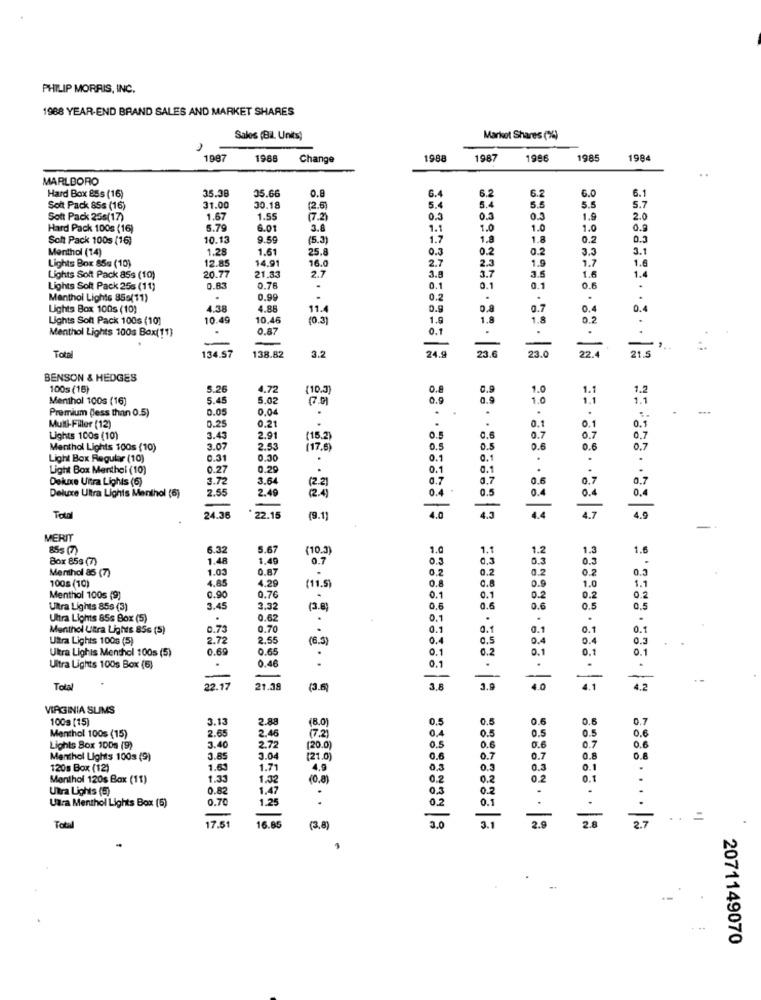
PHILIP MORRIS, INC.
1968 YEAR-END BRAND SALES AND MARKET SHARES
Sales (Bil. Units)
Markot Shares (%)
1987
1968
Change
1988
1987
1996
1985
1984
MARLBORO
35.38
0.8
6.2
6.
6.0
Hard Box 85s (16)
35.66
6.4
6.1
Soit Pack 85s (16)
31.00
30.18
(2.6)
5.
5.4
5.5
5.5
5.7
Soft Pack 25s(17)
1.67
1.55
(7.2)
0.3
0.5
1.9
2.0
Hard Pack 100s (16)
5.79
6.01
3.8
1.1
1.0
1.0
1.0
0.9
Soft Pack 100s (16)
10.13
9.59
(5.3)
1.7
1.
1.8
0.2
0.3
Menthol (14)
1.28
1.61
25.8
0.3
0.2
0.2
3.3
3.1
Lights Box 85s (10)
12.8
14.91
16.0
2.7
2.3
1.9
1.7
1.6
3.7
1.6
1.
Lights Solt Pack 85s (10)
20.77
21.33
2.7
3.9
Lights Soft Pack 256 (11)
0.83
0.76
0.1
0.1
0.1
0.6
Menthol Lights 85.(11)
0.99
0.2
.
Lights Box 100s (10)
4.38
4.88
11.4
0.9
0.8
0.7
0.4
Lights Soft Pack 100s (10)
10.49
10.46
(0.3]
1.9
1.8
1.8
0.2
Menthol Lights 100s Box(11)
0.87
0.1
134.57
23.6
23.0
22.4
21.5
Total
138.82
3.2
24.9
BENSON & HEDGES
100s (16)
5.26
4.72
(10.J
0.8
1.0
1.1
1.2
Menthol 100s (16)
5.45
5.02
0.9
1.0
1.1
1.1
Premium (less than 0.5)
0.04
---
0.25
0.21
Multi-Filler (12)
.
0.1
0.1
0.5
Lights 100s (10)
3.45
2.91
(15.2)
0.5
0.6
0.7
0.7
0.7
Menthol Lights 100s (10)
3.07
2.53
(17.6)
0.5
0.5
0.6
0.6
0,7
Light Box Regular (10)
0.31
0.30
0.1
0.1
.
.
Light Box Menthol (10)
0.27
0.29
0.1
0.1
.
Dekunie Uitra Lights (6)
3.72
3.64
(2.2)
0.7
0.7
0.7
0.7
Deluxe Ultra Lights Menthol (6)
2.55
2.49
(2.4)
0.4
0.5
0.4
0.4
0.4
4.3
24.36
22.15
(9.1)
4.0
4.5
MERIT
855 (7)
6.32
5.67
(10.3
1.
1.1
1.2
1.3
1.6
Box 85s (7)
1.48
1.49
0.7
0.3
0,3
0.3
0.3
-
Menthol 85 (7)
1.03
0.87
0.2
0.2
0.2
0.3
100s (10)
4.85
4.29
(11.5)
0.8
0.9
1.0
1.1
0.90
0.1
0.2
Menthol 100s (9)
0.76
0.1
0.2
0.2
Ultra Lights 85s (3)
3.45
3.32
3.83
0.6
0.6
0.6
0.5
0.5
Ultra Lights 85s Box (5)
0.62
0.1
.
Menthol Ultra Lights 85s (5)
0.70
0.1
0.1
0.1
0.1
Ultra Lights 100s (5)
2.72
2.55
(6.3
0.5
0.4
0.4
0.3
Ultra Lighis Menthol 100s (5)
0.69
0.65
0.1
0.2
0.1
0.1
0.1
.
0.46
0.1
.
Ultra Lights 100s Box (6)
-
Total
22.17
21.38
(3.6
3,8
3.9
4.0
4.2
VIRGINIA SLIMS
100g (15)
3.13
2.88
(8.0
0.5
0.5
0.6
0.5
0.7
2.6
2.46
0.4
0.5
0.5
0.5
0.6
Menthol 100$ (15)
(7.2)
0.6
Lights Box 100s (9)
3.40
2.72
(20.0)
0.5
0.6
0.6
0.7
Menthol Lights 100s (9)
3.89
3.04
(21.0)
0.6
0.7
0.7
0.8
0.8
120s Box (12)
1.61
1.71
4.9
0.3
0.3
0.3
0.1
Menthol 120s Box (11)
1.33
(0.8)
0.2
0.2
0.2
0.1
Utra Lights (5)
0.82
1.47
.
0.3
0.2
.
Uara Menthol Lights Box (5)
0.70
1.25
..
0.2
0.1
. .
..
17.51
2.9
2.8
2.7
..
Total
16.85
(3,8)
3.0
3.1
. ..
2071149070